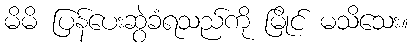
မိမိ ပြန်ပေးဆွဲခံရသည်ကို မြိုင် မသိသေး။